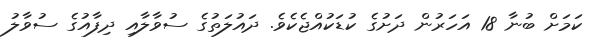
ކަމަށް ބުނާ 18 އަހަރުން ދަށުގެ ކުޑަކުއްޖެކެވެ. ދައުލަތުގެ ސުވާލާއި ދިފާއުގެ ސުވާލު